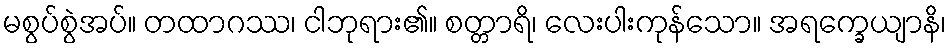
မစွပ်စွဲအပ်။ တထာဂဿ၊ ငါဘုရား၏။ စတ္တာရိ၊ လေးပါးကုန်သော။ အရက္ခေယျာနိ၊